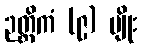
ဉတ္တိကံ (၉) မျိုး